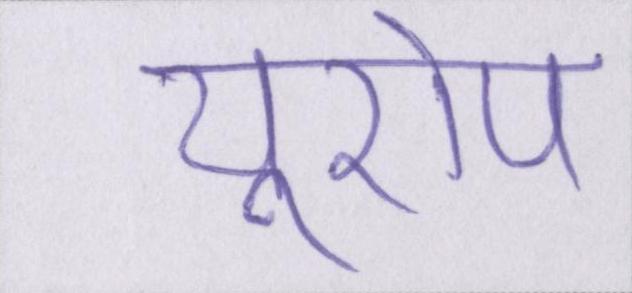
यूरोप